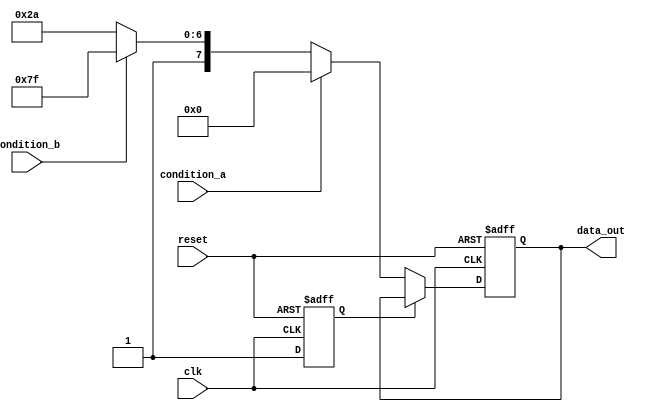
module ConditionalInitialization #(
    parameter INIT_VALUE_1 = 8'h00,
    parameter INIT_VALUE_2 = 8'hFF,
    parameter INIT_VALUE_3 = 8'hAA
)(
    input wire clk,             // Clock signal
    input wire reset,           // Asynchronous reset
    input wire condition_a,     // Condition signal A
    input wire condition_b,     // Condition signal B
    output reg [7:0] data_out   // Output data
);

    // State variable to track initialization
    reg initialized;

    // Initialization block
    always @(posedge clk or posedge reset) begin
        if (reset) begin
            // Reset all variables to default states
            data_out <= 8'h00;      // Default initialization
            initialized <= 1'b0;     // Reset initialization state
        end else begin
            if (!initialized) begin
                // Check conditions for initialization
                if (condition_a) begin
                    data_out <= INIT_VALUE_1; // Initialize to value 1
                    initialized <= 1'b1;       // Mark as initialized
                end else if (condition_b) begin
                    data_out <= INIT_VALUE_2; // Initialize to value 2
                    initialized <= 1'b1;       // Mark as initialized
                end else begin
                    data_out <= INIT_VALUE_3; // Initialize to value 3 (default)
                    initialized <= 1'b1;       // Mark as initialized
                end
            end
        end
    end

endmodule